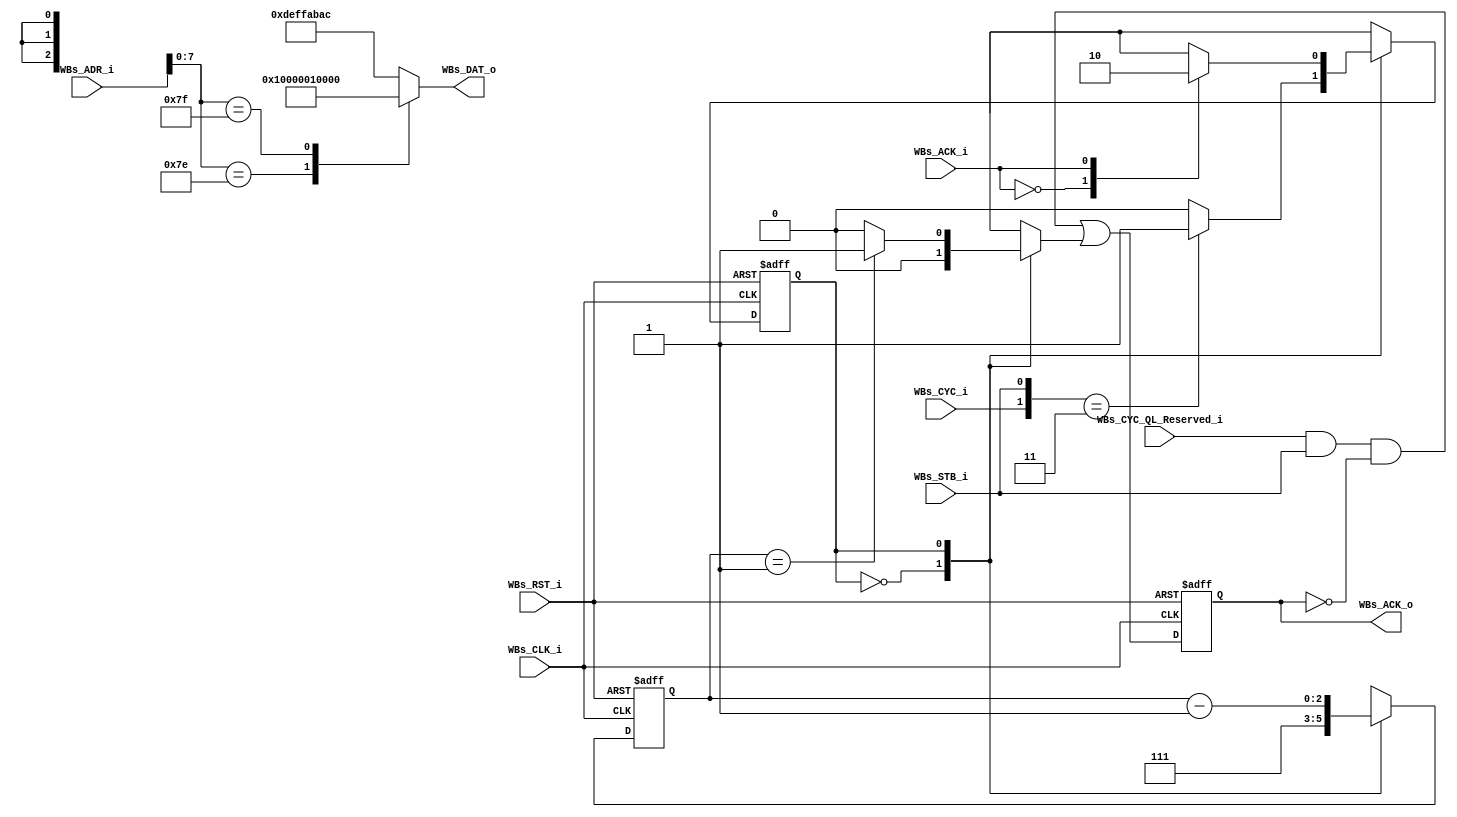
`timescale 1ns / 10ps
module AL4S3B_FPGA_QL_Reserved ( 

                         // AHB-To_FPGA Bridge I/F
                         //
                         WBs_ADR_i            ,
                         WBs_CYC_QL_Reserved_i,
                         WBs_CYC_i            ,
                         WBs_STB_i            ,
                         WBs_CLK_i            ,
                         WBs_RST_i            ,
                         WBs_DAT_o            ,
                         WBs_ACK_i            ,
                         WBs_ACK_o

                         );


//------Port Parameters----------------
//

parameter                ADDRWIDTH                   =  10           ;   // Allow for up to 128 registers in the FPGA
parameter                DATAWIDTH                   =  32           ;   // Allow for up to 128 registers in the FPGA

parameter                QL_RESERVED_CUST_PROD_ADR   = 10'h1F8       ;  // <<-- Very Top of the FPGA's Memory Aperture
parameter                QL_RESERVED_REVISIONS_ADR   = 10'h1FC       ;  // <<-- Very Top of the FPGA's Memory Aperture

parameter                QL_RESERVED_CUSTOMER_ID     =  8'h01        ;  
parameter                QL_RESERVED_PRODUCT_ID      =  8'h00        ;
parameter                QL_RESERVED_MAJOR_REV       = 16'h0001      ; 
parameter                QL_RESERVED_MINOR_REV       = 16'h0000      ;

parameter                QL_RESERVED_DEF_REG_VALUE   = 32'hDEF_FAB_AC; // Distinguish access to undefined area

parameter                DEFAULT_CNTR_WIDTH          =  3            ;
parameter                DEFAULT_CNTR_TIMEOUT        =  7            ;


//------Port Signals-------------------
//

// AHB-To_FPGA Bridge I/F
//
input   [ADDRWIDTH-1:0]  WBs_ADR_i            ; // Address Bus                to   FPGA
input                    WBs_CYC_QL_Reserved_i; // Cycle Chip Select          to   FPGA
input                    WBs_CYC_i            ; // Cycle Chip Select          to   FPGA
input                    WBs_STB_i            ; // Strobe Signal              to   FPGA
input                    WBs_CLK_i            ; // FPGA Clock               from FPGA
input                    WBs_RST_i            ; // FPGA Reset               to   FPGA
output  [DATAWIDTH-1:0]  WBs_DAT_o            ; // Read Data Bus              from FPGA
input                    WBs_ACK_i            ;
output                   WBs_ACK_o            ; // Transfer Cycle Acknowledge from FPGA


// FPGA Global Signals
//
wire                     WBs_CLK_i            ; // Wishbone FPGA Clock
wire                     WBs_RST_i            ; // Wishbone FPGA Reset

// Wishbone Bus Signals
//
wire    [ADDRWIDTH-1:0]  WBs_ADR_i            ; // Wishbone Address Bus
wire                     WBs_CYC_QL_Reserved_i; // Cycle Chip Select          to   FPGA
wire                     WBs_CYC_i            ; // Wishbone Client Cycle  Strobe (i.e. Chip Select)
wire                     WBs_STB_i            ; // Wishbone Transfer      Strobe
 
reg     [DATAWIDTH-1:0]  WBs_DAT_o            ; // Wishbone Read   Data Bus

wire                     WBs_ACK_i            ;

reg                      WBs_ACK_o            ; // Wishbone Client Acknowledge
wire                     WBs_ACK_o_nxt        ; // Wishbone Client Acknowledge


//------Define Parameters--------------
//

// Default I/O timeout statemachine
//
parameter                DEFAULT_IDLE   =  0  ;
parameter                DEFAULT_COUNT  =  1  ;


//------Internal Signals---------------
//

// Wishbone Bus Signals - Default acknowledge
//
reg                            Default_State      ;
reg                            Default_State_nxt  ;

reg  [DEFAULT_CNTR_WIDTH-1:0]  Default_Cntr       ;
reg  [DEFAULT_CNTR_WIDTH-1:0]  Default_Cntr_nxt   ;

reg                            WBs_ACK_Default_nxt;        // Wishbone Client Acknowledge


//------Logic Operations---------------
//


// Define the Default Acknowledge Statemachine's register
//
// Note: The Default Acknowledge statemachine will acknowledge any accesss to
//       the FPGA after a fixed timeout period. The timeout period is long
//       enough to allow any instantiated IP to acknowledge the incomming
//       transfer cycle. If a timeout happens, this means that the AHB access
//       is not going to an address occupied by one of the FPGA IPs. By
//       acknowledging these accesses, the AHB bus is not left to wait
//       indefinitly for a Wishbone bus acknowledge that never comes.
//
always @( posedge WBs_CLK_i or posedge WBs_RST_i)
begin
    if (WBs_RST_i)
    begin
        Default_State      <=  DEFAULT_IDLE        ;
        Default_Cntr       <=  DEFAULT_CNTR_TIMEOUT;
        WBs_ACK_o          <=  1'b0                ;
    end  
    else
    begin
        Default_State      <=  Default_State_nxt   ;
        Default_Cntr       <=  Default_Cntr_nxt    ;
        WBs_ACK_o          <=  WBs_ACK_o_nxt 
                            |  WBs_ACK_Default_nxt ;
    end  
end


// Define the Wishbone bus transfer default acknowledge
//
// Note: This acknowledge prevents access to the FPGA from locking the AHB
//       bus due to I/O to unassigned FPGA aperture addresses.
//
always @(WBs_CYC_i     or
         WBs_STB_i     or
         WBs_ACK_i     or
         Default_State or
         Default_Cntr
        )
begin
    case(Default_State)
    DEFAULT_IDLE:  // Wait for a transfer in the FPGA memory aperture
    begin
        Default_Cntr_nxt           <= DEFAULT_CNTR_TIMEOUT ;
        WBs_ACK_Default_nxt        <= 1'b0                 ;

        case({WBs_CYC_i, WBs_STB_i})
        default: Default_State_nxt <= DEFAULT_IDLE         ;
        2'b11  : Default_State_nxt <= DEFAULT_COUNT        ;
        endcase
    end
    DEFAULT_COUNT: // Check if one of the FPGA IP's has responded before the timeout period
    begin
        Default_Cntr_nxt           <= Default_Cntr - 1'b1  ; 

        case(WBs_ACK_i)
        1'b0: Default_State_nxt    <= DEFAULT_COUNT        ;
        1'b1: Default_State_nxt    <= DEFAULT_IDLE         ;
        endcase

        if (Default_Cntr == {{(DEFAULT_CNTR_WIDTH-1){1'b0}}, 1'b1}) 
            WBs_ACK_Default_nxt    <= 1'b1                 ;
        else
            WBs_ACK_Default_nxt    <= 1'b0                 ;
    end
    default:       // Something unexpected happend, return to "Idle".
    begin
        Default_State_nxt          <=  DEFAULT_IDLE        ;
        Default_Cntr_nxt           <=  DEFAULT_CNTR_TIMEOUT;
        WBs_ACK_Default_nxt        <=  1'b0                ;
    end
    endcase
end


// Define the Acknowledge back to the host for the "reserved" registers
//
assign WBs_ACK_o_nxt = WBs_CYC_QL_Reserved_i & WBs_STB_i & (~WBs_ACK_o);


// Define the how to read the local registers and memory
//
always @(
         WBs_ADR_i
        )
begin
    case(WBs_ADR_i[ADDRWIDTH-3:0])
    QL_RESERVED_CUST_PROD_ADR[ADDRWIDTH-1:2]    : WBs_DAT_o <= { 16'h0, QL_RESERVED_CUSTOMER_ID, QL_RESERVED_PRODUCT_ID };
    QL_RESERVED_REVISIONS_ADR[ADDRWIDTH-1:2]    : WBs_DAT_o <= {        QL_RESERVED_MAJOR_REV  , QL_RESERVED_MINOR_REV  };
	default                                     : WBs_DAT_o <=          QL_RESERVED_DEF_REG_VALUE                        ;
	endcase
end

endmodule